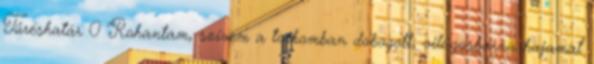
Tűréshatár 0 Rohantam, szívem a torkomban dobogott, világosbarna hajamat